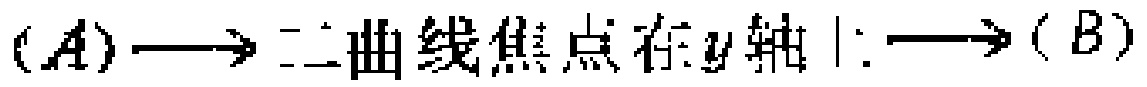
$(A)\longrightarrow 双曲线焦点在y轴上\longrightarrow (B)$